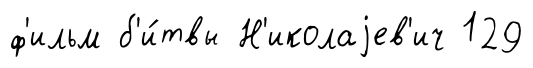
ф'ильм б'и́твы Н'иколаjев'ич 129